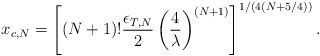
\begin{align*}x_{c,N} = \left[ \left( N+1 \right) ! {\epsilon_{T,N} \over 2 } \left( {4 \over \lambda} \right)^{(N+1)} \right]^{1/(4(N + 5/4))}.\end{align*}